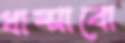
ধাম্‌সাবো